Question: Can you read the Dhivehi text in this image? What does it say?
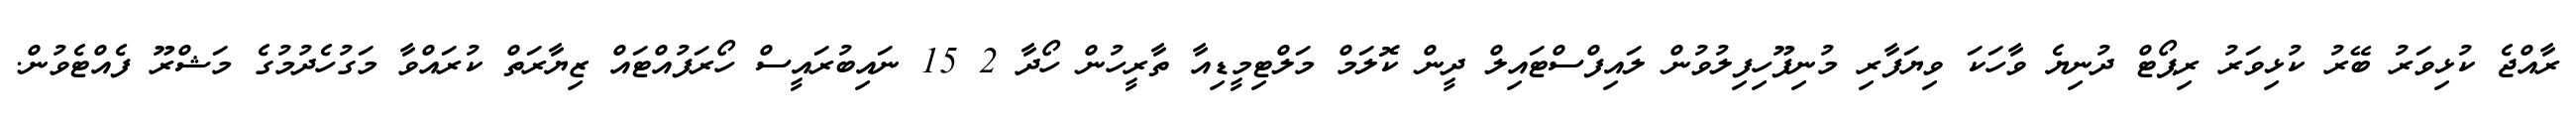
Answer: ރާއްޖެ ކުޅިވަރު ބޭރު ކުޅިވަރު ރިޕޯޓް ދުނިޔެ ވާހަކަ ވިޔަފާރި މުނިފޫހިފިލުވުން ލައިފްސްޓައިލް ދީން ކޮލަމް މަލްޓިމީޑިއާ ތާރީހުން ހޯދާ 2 15 ނައިބުރައީސް ހޯރަފުއްޓައް ޒިޔާރަތް ކުރައްވާ މަގުހެދުމުގެ މަޝްރޫ ފެއްޓެވުން.